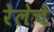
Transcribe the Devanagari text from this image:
रेलेचे